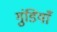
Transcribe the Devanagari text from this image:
गुंडियाँ